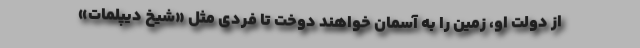
از دولت او، زمین را به آسمان خواهند دوخت تا فردی مثل «شیخ دیپلمات»